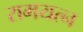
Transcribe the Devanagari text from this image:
रामयत्न